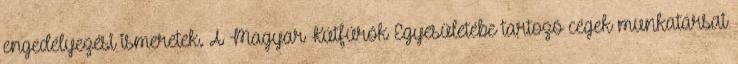
engedélyezési ismeretek. A Magyar Kútfúrók Egyesületébe tartozó cégek munkatársai